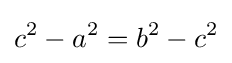
c^{2}-a^{2}=b^{2}-c^{2}